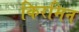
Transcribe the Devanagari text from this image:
किरमिन